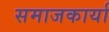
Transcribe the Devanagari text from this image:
समाजकार्या